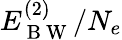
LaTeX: E_{\mathrm{~B~W~}}^{(2)}/N_{e}